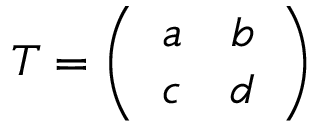
T = \left( \begin{array} { c c } { { a } } & { { b } } \\ { { c } } & { { d } } \end{array} \right)